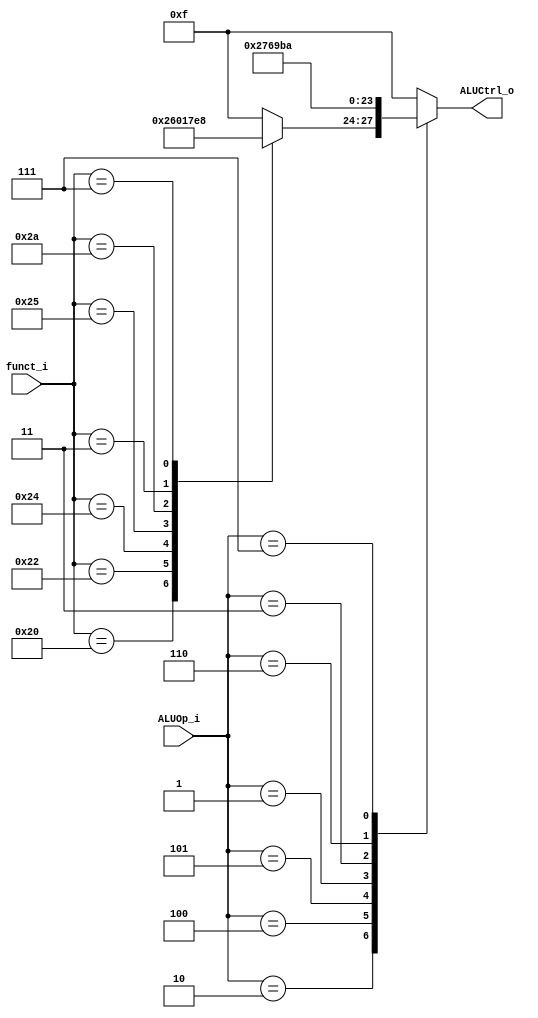
//Subject:     CO project 2 - ALU Controller
//--------------------------------------------------------------------------------
//Version:     1
//--------------------------------------------------------------------------------
//Writer:  0316331_0316031    
//----------------------------------------------
//Date:        
//----------------------------------------------
//Description: 
//--------------------------------------------------------------------------------

module ALU_Ctrl(
          funct_i,
          ALUOp_i,
          ALUCtrl_o
          );
          
//I/O ports 
input      [6-1:0] funct_i;
input      [3-1:0] ALUOp_i;

output     [4-1:0] ALUCtrl_o;    
     
//Internal Signals
reg        [4-1:0] ALUCtrl_o;

//Parameter

       
//Select exact operation
always@(*)begin
	case(ALUOp_i)
		2:begin  // r-type
			case(funct_i)
				32: ALUCtrl_o <= 4'b0010;  // ADD
				34: ALUCtrl_o <= 4'b0110;  // SUB
				36:	ALUCtrl_o <= 4'b0000;  // AND
				37: ALUCtrl_o <= 4'b0001;  // OR
				42:	ALUCtrl_o <= 4'b0111;  // SLT
				 3:	ALUCtrl_o <= 4'b1110;  // SRA
				 7: ALUCtrl_o <= 4'b1000;  // SRAV
				default: ALUCtrl_o <= 4'b1111; // unused
			endcase
		end
		4: ALUCtrl_o <= 4'b0010;  // ADDI
		5: ALUCtrl_o <= 4'b0111;  // SLTIU
		1: ALUCtrl_o <= 4'b0110;  // BEQ
		3: ALUCtrl_o <= 4'b1001;  // BNE
		6: ALUCtrl_o <= 4'b1011;  // ORI
		7: ALUCtrl_o <= 4'b1010;  // LUI
		default: ALUCtrl_o <= 4'b1111;  // unused
	endcase
end

endmodule     
// 0000: AND
// 0001: OR
// 0010: ADD
// 0110: SUB
// 0111: SLT
// 1100: NOR
// 1001: BNE
// 1011: ORI
// 1000: SRAV
// 1010: LUI
// 1110: SRA